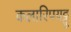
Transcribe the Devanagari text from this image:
कलारिपयट्टू